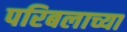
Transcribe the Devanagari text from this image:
परिबलाच्या